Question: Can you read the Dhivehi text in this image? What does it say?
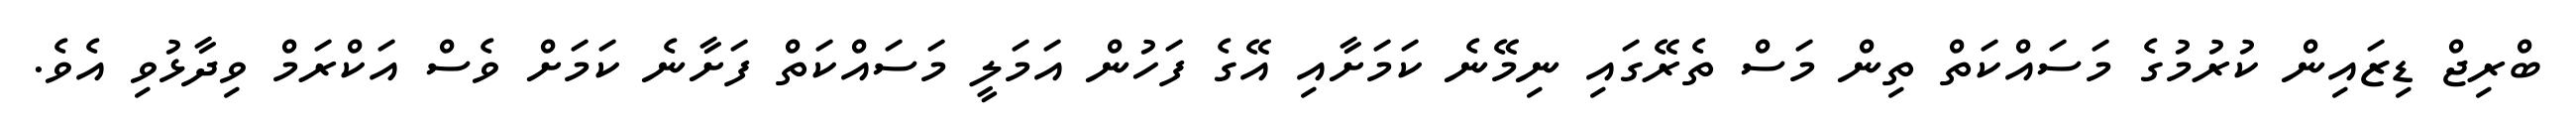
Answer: ބްރިޖް ޑިޒައިން ކުރުމުގެ މަސައްކަތް ތިން މަސް ތެރޭގައި ނިމޭނެ ކަމަށާއި އޭގެ ފަހުން އަމަލީ މަސައްކަތް ފަށާނެ ކަމަށް ވެސް އަކްރަމް ވިދާޅުވި އެވެ.